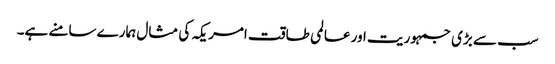
سب سے بڑی جمہوریت اور عالمی طاقت امریکہ کی مثال ہمارے سامنے ہے۔